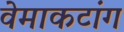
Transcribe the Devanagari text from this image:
वेमाकटांग